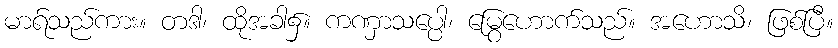
မာရ်သည်ကား။ တဒါ၊ ထိုအခါ၌။ ကဏှာသပ္ပေါ၊ မြွေဟောက်သည်။ အဟောသိ၊ ဖြစ်ပြီ။